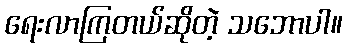
ရေးလာကြတယ်ဆိုတဲ့ သဘောပါ။